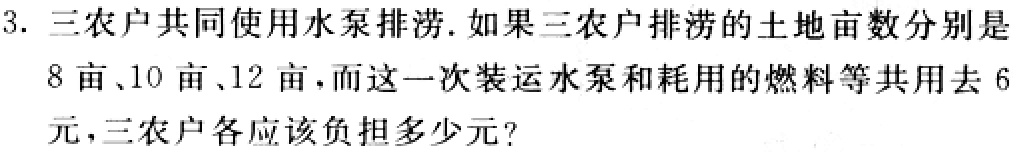
3. 三农户共同使用水泵排涝. 如果三农户排涝的土地亩数分别是
8亩、10亩、12亩，而这一次装运水泵和耗用的燃料等共用去6
元，三农户各应该负担多少元？